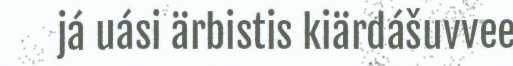
já uási ärbistis kiärdášuvvee